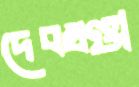
দেবখণ্ডা